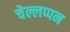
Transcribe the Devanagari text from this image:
चेल्लप्पन